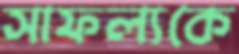
সাফল্যকে